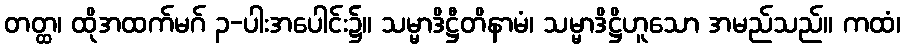
တတ္ထ၊ ထိုအထက်မဂ် ၃-ပါးအပေါင်း၌။ သမ္မာဒိဋ္ဌီတိနာမံ၊ သမ္မာဒိဋ္ဌိဟူသော အမည်သည်။ ကထံ၊